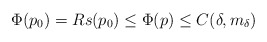
\begin{align*}\Phi(p_0)=R {s(p_0)}\leq \Phi(p)\leq C(\delta,m_\delta)\end{align*}